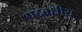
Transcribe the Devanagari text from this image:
पदबंधीय